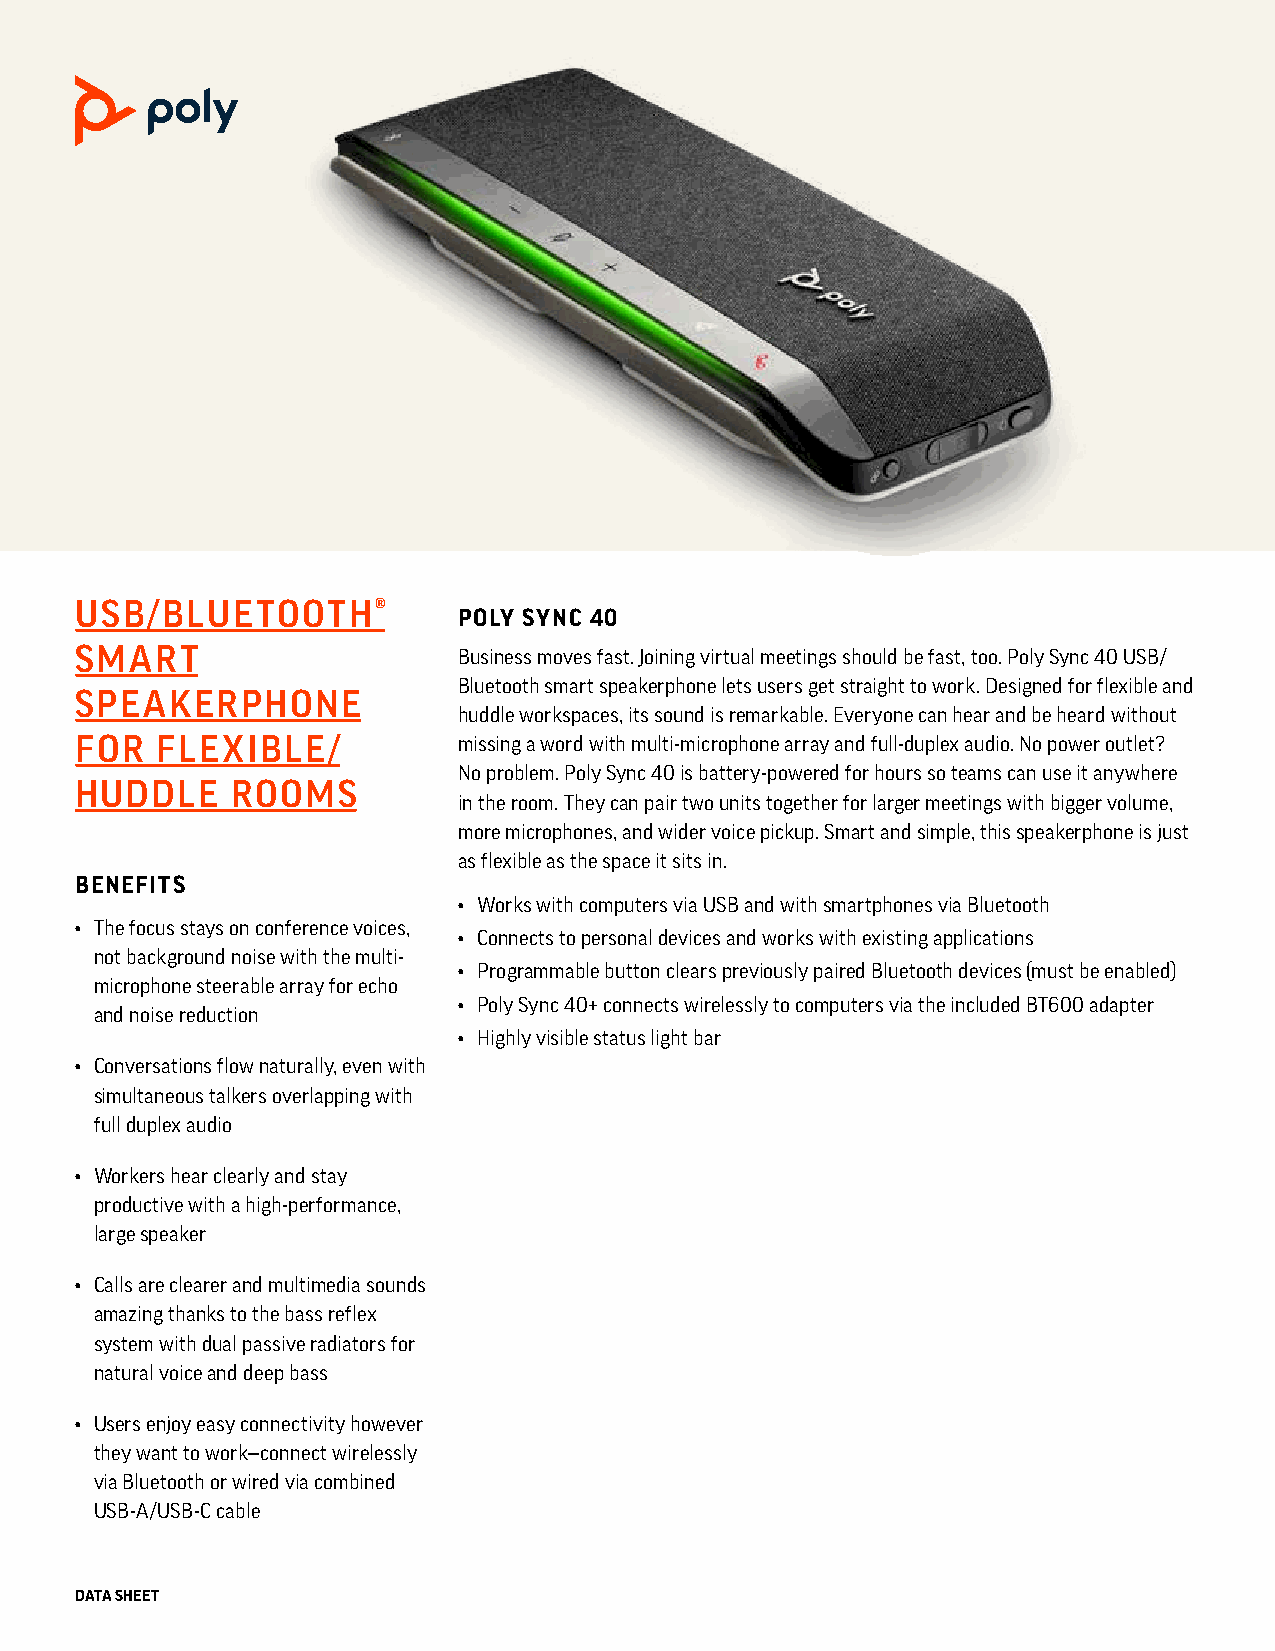
USB/BLUETOOTH®
 POLY SYNC 40
 SMART                    Business moves fast. Joining virtual meetings should be fast, too. Poly Sync 40 USB/
 Bluetooth smart speakerphone lets users get straight to work. Designed for flexible and
 SPEAKERPHONE
 huddle workspaces, its sound is remarkable. Everyone can hear and be heard without
 FOR  FLEXIBLE/           missing a word with multi-microphone array and full-duplex audio. No power outlet?
 No problem. Poly Sync 40 is battery-powered for hours so teams can use it anywhere
 HUDDLE    ROOMS
 in the room. They can pair two units together for larger meetings with bigger volume,
 more microphones, and wider voice pickup. Smart and simple, this speakerphone is just
 as flexible as the space it sits in.
 BENEFITS
 • Works with computers via USB and with smartphones via Bluetooth
 • The focus stays on conference voices,
 • Connects to personal devices and works with existing applications
 not background noise with the multi-
 • Programmable button clears previously paired Bluetooth devices (must be enabled)
 microphone steerable array for echo
 • Poly Sync 40+ connects wirelessly to computers via the included BT600 adapter
 and noise reduction
 • Highly visible status light bar
 • Conversations flow naturally, even with
 simultaneous talkers overlapping with
 full duplex audio
 • Workers hear clearly and stay
 productive with a high-performance,
 large speaker
 • Calls are clearer and multimedia sounds
 amazing thanks to the bass reflex
 system with dual passive radiators for
 natural voice and deep bass
 • Users enjoy easy connectivity however
 they want to work—connect wirelessly
 via Bluetooth or wired via combined
 USB-A/USB-C cable
 DATA SHEET